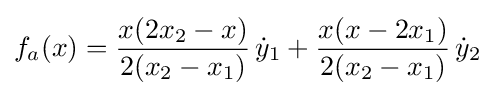
f_{a}(x)={\dfrac {x(2x_{2}-x)}{2(x_{2}-x_{1})}}\,{\dot {y}}_{1}+{\dfrac {x(x-2x_{1})}{2(x_{2}-x_{1})}}\,{\dot {y}}_{2}